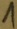
Text: 1